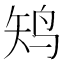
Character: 𱉛